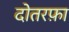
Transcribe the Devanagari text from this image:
दोतरफ़ा